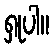
ရှုပါ။